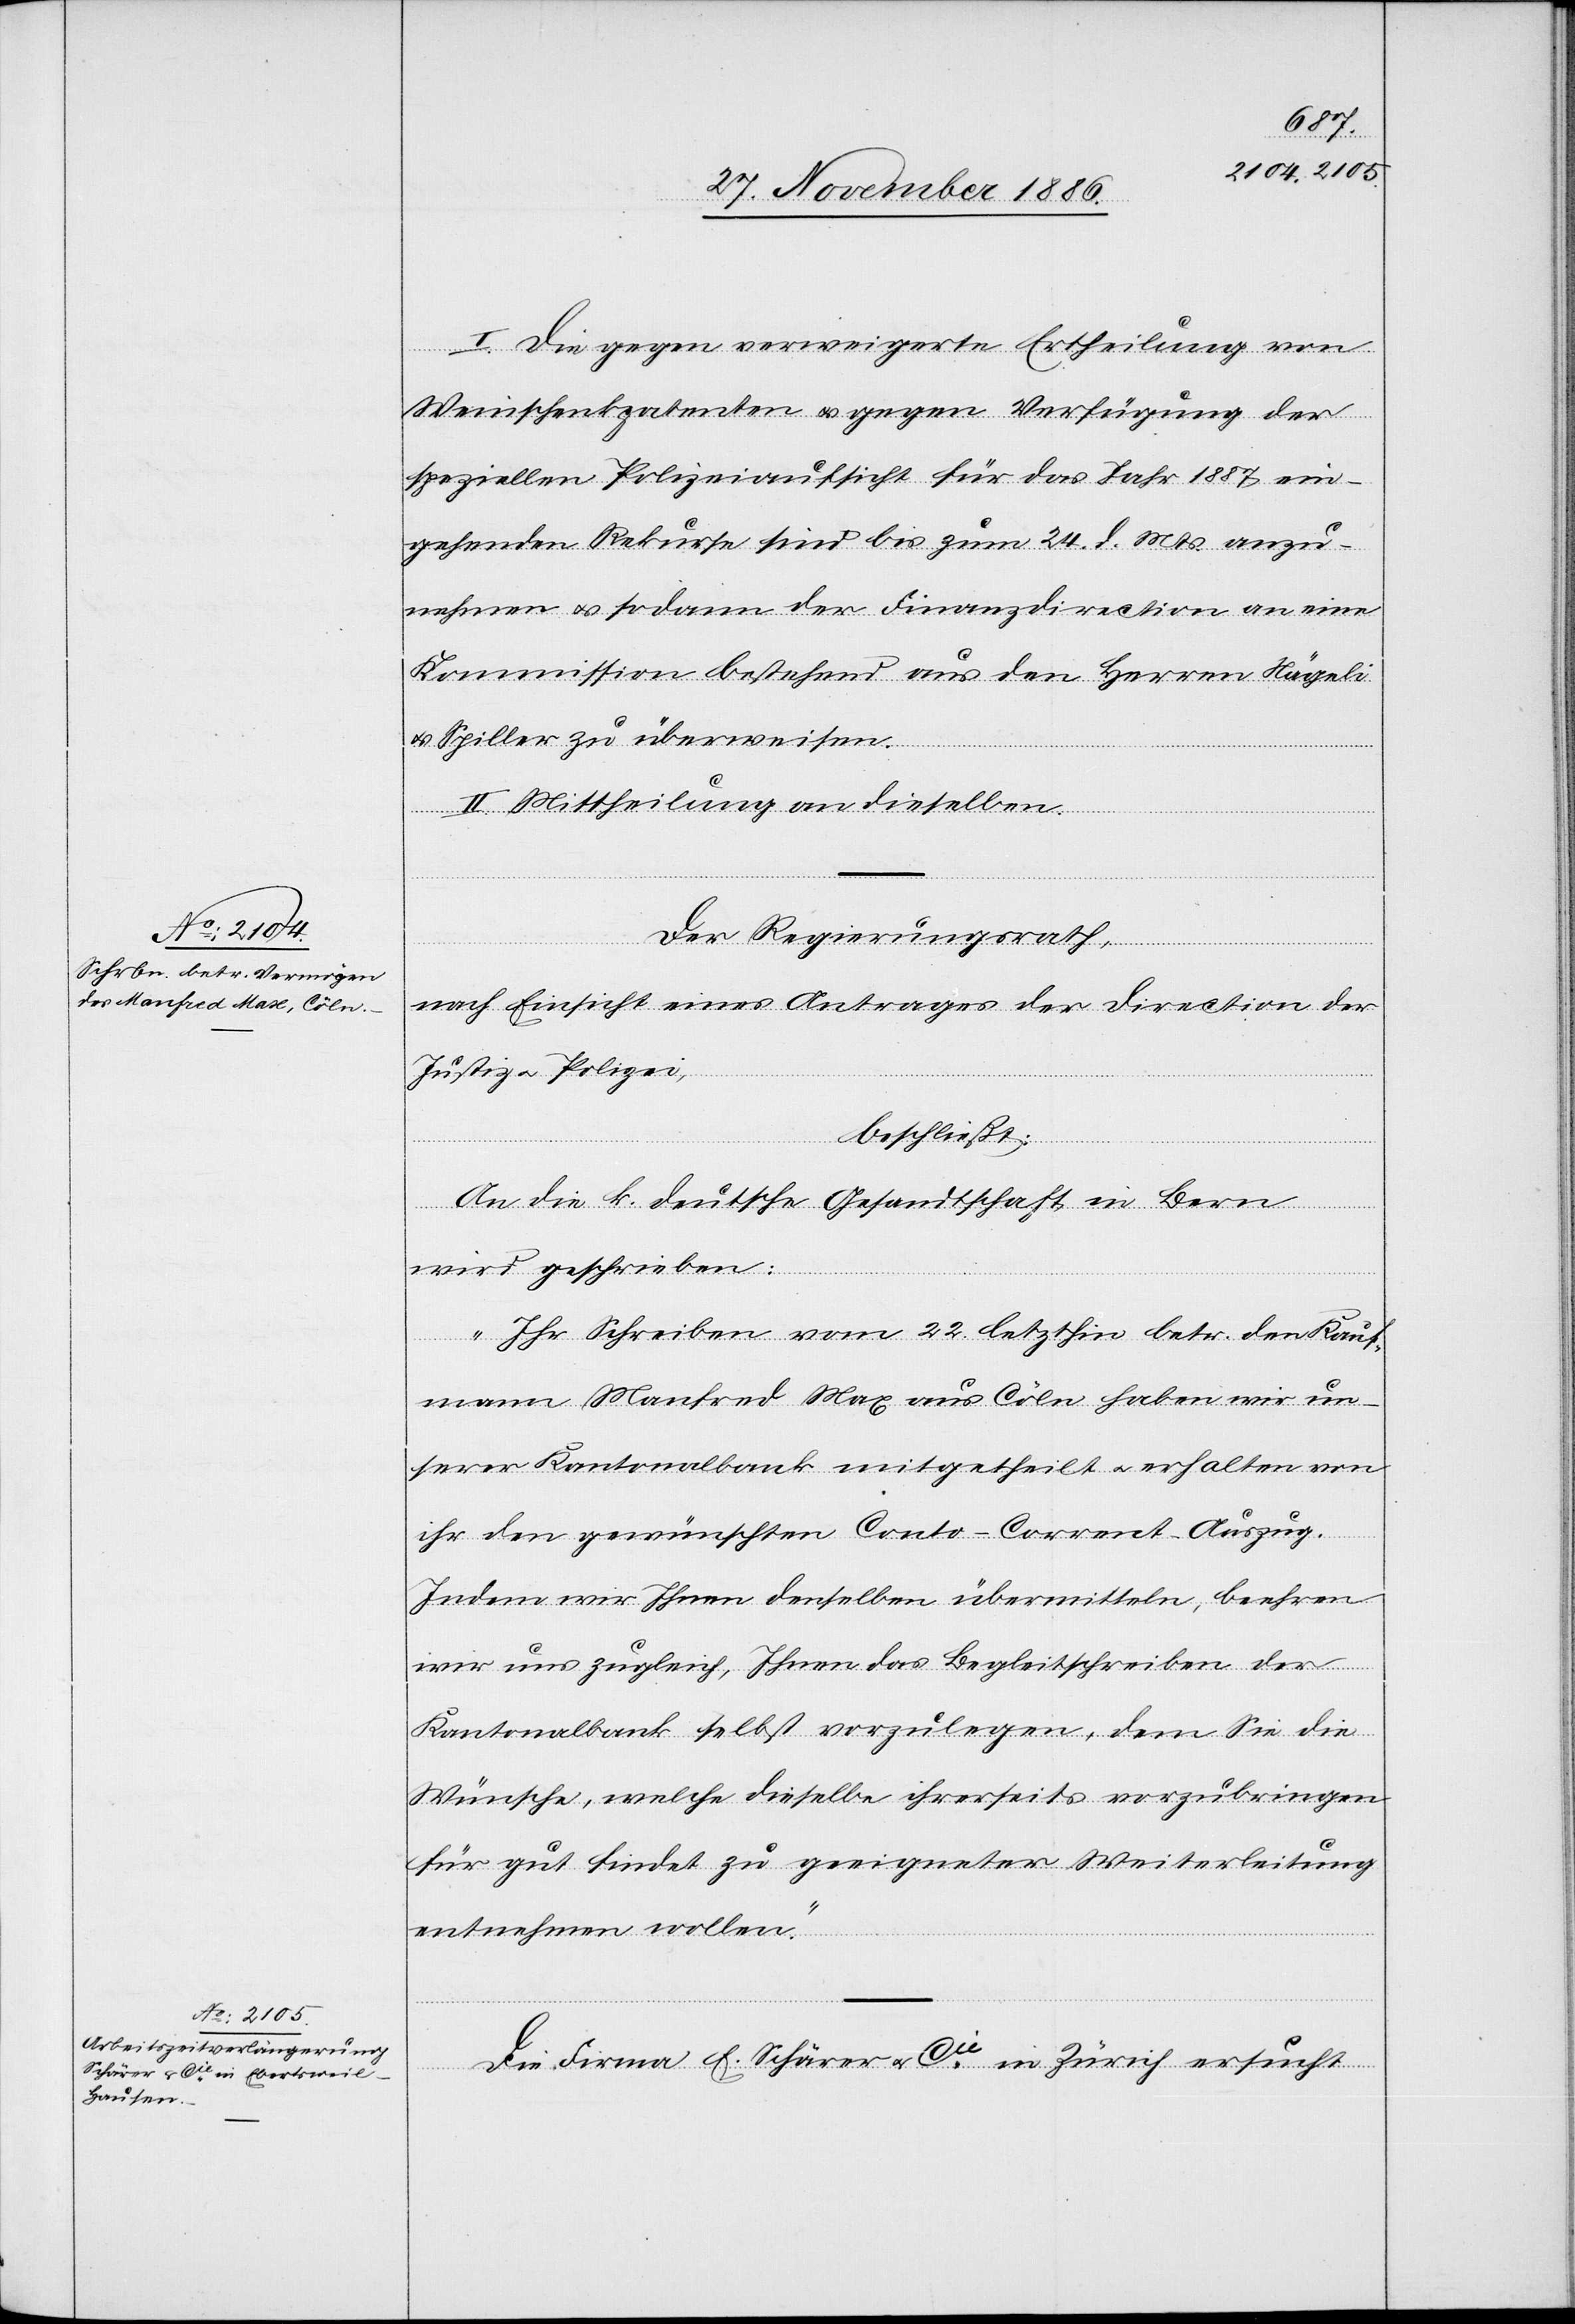
I. Die gegen verweigerte Ertheilung von
Weinschenkpatenten & gegen Verfügung der
speziellen Polizeiaufsicht für das Jahr 1887 ein¬
gehenden Rekurse sind bis zum 24. d. Mts. anzu¬
nehmen & sodann der Finanzdirection an eine
Kommission bestehend aus den Herren Nägeli
& Spiller zu überweisen.
II. Mittheilung an dieselben.
Der Regierungsrath,
nach Einsicht eines Antrages der Direction der
Justiz & Polizei,
beschließt:
An die k. deutsche Gesandtschaft in Bern
wird geschrieben:
„Ihr Schreiben vom 22. letzthin betr. dem Kauf¬
mann Manfred Max aus Cöln haben wir un¬
serer Kantonalbank mitgetheilt & erhalten von
ihr den gewünschten Conto-Corrent-Auszug.
Indem wir Ihnen denselben übermitteln, beehren
wir uns zugleich, Ihnen das Begleitschreiben der
Kantonalbank selbst vorzulegen, dem Sie die
Wünsche, welche dieselbe ihrerseits vorzubringen
für gut findet zu geeigneter Weiterleitung
entnehmen wollen.“
Die Firma E. Schärer & Cie in Zürich ersucht